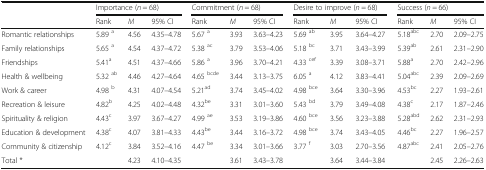
<table><thead><tr><td rowspan="2"></td><td colspan="3"><b>Importance (<i>n</i> = 68)</b></td><td colspan="3"><b>Commitment (<i>n</i> = 68)</b></td><td colspan="3"><b>Desire to improve (<i>n</i> = 68)</b></td><td colspan="3"><b>Success (<i>n</i> = 66)</b></td></tr><tr><td><b>Rank</b></td><td><b><i>M</i></b></td><td><b>95% CI</b></td><td><b>Rank</b></td><td><b><i>M</i></b></td><td><b>95% CI</b></td><td><b>Rank</b></td><td><b><i>M</i></b></td><td><b>95% CI</b></td><td><b>Rank</b></td><td><b><i>M</i></b></td><td><b>95% CI</b></td></tr></thead><tbody><tr><td>Romantic relationships</td><td>5.89 <sup>a</sup></td><td>4.56</td><td>4.35–4.78</td><td>5.67 <sup>a</sup></td><td>3.93</td><td>3.63–4.23</td><td>5.69 <sup>ab</sup></td><td>3.95</td><td>3.64–4.27</td><td>5.18<sup>abc</sup></td><td>2.70</td><td>2.09–2.75</td></tr><tr><td>Family relationships</td><td>5.65 <sup>a</sup></td><td>4.54</td><td>4.37–4.72</td><td>5.38 <sup>ac</sup></td><td>3.79</td><td>3.53–4.06</td><td>5.18 <sup>bc</sup></td><td>3.71</td><td>3.43–3.99</td><td>5.39<sup>ab</sup></td><td>2.61</td><td>2.31–2.90</td></tr><tr><td>Friendships</td><td>5.41<sup>a</sup></td><td>4.51</td><td>4.37–4.66</td><td>5.86 <sup>a</sup></td><td>3.96</td><td>3.70–4.21</td><td>4.33 <sup>cef</sup></td><td>3.39</td><td>3.08–3.71</td><td>5.88<sup>a</sup></td><td>2.70</td><td>2.42–2.96</td></tr><tr><td>Health &amp; wellbeing</td><td>5.32 <sup>ab</sup></td><td>4.46</td><td>4.27–4.64</td><td>4.65 <sup>bcde</sup></td><td>3.44</td><td>3.13–3.75</td><td>6.05 <sup>a</sup></td><td>4.12</td><td>3.83–4.41</td><td>5.04<sup>abc</sup></td><td>2.39</td><td>2.09–2.69</td></tr><tr><td>Work &amp; career</td><td>4.98 <sup>b</sup></td><td>4.31</td><td>4.07–4.54</td><td>5.21<sup>ad</sup></td><td>3.74</td><td>3.45–4.02</td><td>4.98 <sup>bce</sup></td><td>3.64</td><td>3.30–3.96</td><td>4.53<sup>bc</sup></td><td>2.27</td><td>1.93–2.61</td></tr><tr><td>Recreation &amp; leisure</td><td>4.82<sup>b</sup></td><td>4.25</td><td>4.02–4.48</td><td>4.32<sup>be</sup></td><td>3.31</td><td>3.01–3.60</td><td>5.43 <sup>bd</sup></td><td>3.79</td><td>3.49–4.08</td><td>4.38<sup>c</sup></td><td>2.17</td><td>1.87–2.46</td></tr><tr><td>Spirituality &amp; religion</td><td>4.43<sup>c</sup></td><td>3.97</td><td>3.67–4.27</td><td>4.99 <sup>ae</sup></td><td>3.53</td><td>3.19–3.86</td><td>4.60 <sup>bce</sup></td><td>3.56</td><td>3.23–3.88</td><td>5.28<sup>abd</sup></td><td>2.62</td><td>2.31–2.93</td></tr><tr><td>Education &amp; development</td><td>4.38<sup>c</sup></td><td>4.07</td><td>3.81–4.33</td><td>4.43<sup>be</sup></td><td>3.44</td><td>3.16–3.72</td><td>4.98 <sup>bce</sup></td><td>3.74</td><td>3.43–4.05</td><td>4.46<sup>bc</sup></td><td>2.27</td><td>1.96–2.57</td></tr><tr><td>Community &amp; citizenship</td><td>4.12<sup>c</sup></td><td>3.84</td><td>3.52–4.16</td><td>4.47 <sup>be</sup></td><td>3.34</td><td>3.01–3.66</td><td>3.77 <sup>f</sup></td><td>3.03</td><td>2.70–3.56</td><td>4.87<sup>abc</sup></td><td>2.41</td><td>2.05–2.76</td></tr><tr><td>Total *</td><td></td><td>4.23</td><td>4.10–4.35</td><td></td><td>3.61</td><td>3.43–3.78</td><td></td><td>3.64</td><td>3.44–3.84</td><td></td><td>2.45</td><td>2.26–2.63</td></tr></tbody></table>